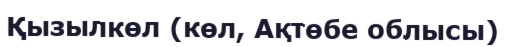
Қызылкөл (көл, Ақтөбе облысы)